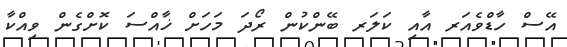
އޭސް ހާޑްވެއަރ އާއި ކަލަރ ބޭންކުން ރޯދަ މަހަށް ޚާއްސަ ކޮށްގެން ވިއްކާ